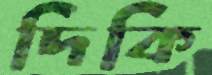
দিকি